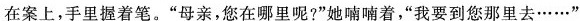
在案上，手里握着笔。”母亲，您在哪里呢?”她喃喃着”我要到您那里去……'